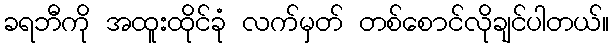
ခရဘီကို အထူးထိုင်ခုံ လက်မှတ် တစ်စောင်လိုချင်ပါတယ်။